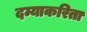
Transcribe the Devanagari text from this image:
दम्याकरिता